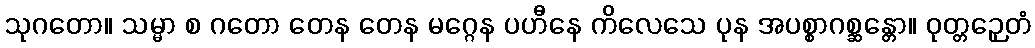
သုဂတော။ သမ္မာ စ ဂတော တေန တေန မဂ္ဂေန ပဟီနေ ကိလေသေ ပုန အပစ္စာဂစ္ဆန္တော။ ဝုတ္တဉှေတံ